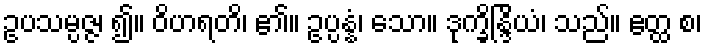
ဥပသမ္ပဇ္ဇ၊ ၍။ ဝိဟရတိ၊ ၏။ ဥပ္ပန္နံ၊ သော။ ဒုက္ခိန္ဒြိယံ၊ သည်။ ဧတ္ထ စ၊